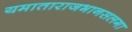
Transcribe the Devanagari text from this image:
यमाताराजभानसलगा